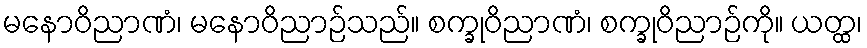
မနောဝိညာဏံ၊ မနောဝိညာဉ်သည်။ စက္ခုဝိညာဏံ၊ စက္ခုဝိညာဉ်ကို။ ယတ္ထ၊